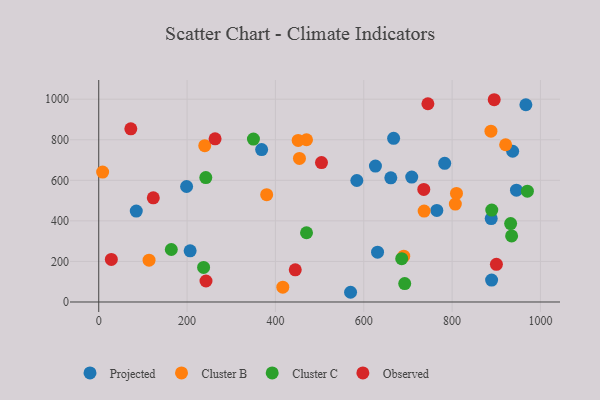
{"axis": {"x": "Ad Spend", "y": "Rating"}, "legend": ["Cluster B", "Cluster C", "Observed", "Projected"], "data": [{"x": "667.6", "y": 807.2, "type": "Projected"}, {"x": "206.9", "y": 252.1, "type": "Projected"}, {"x": "765.4", "y": 451.4, "type": "Projected"}, {"x": "889.4", "y": 108.2, "type": "Projected"}, {"x": "783.2", "y": 683.7, "type": "Projected"}, {"x": "626.4", "y": 670.4, "type": "Projected"}, {"x": "368.8", "y": 751.8, "type": "Projected"}, {"x": "85.0", "y": 448.2, "type": "Projected"}, {"x": "631.2", "y": 245.5, "type": "Projected"}, {"x": "570.1", "y": 47.9, "type": "Projected"}, {"x": "198.9", "y": 569.5, "type": "Projected"}, {"x": "661.2", "y": 612.5, "type": "Projected"}, {"x": "584.3", "y": 599.2, "type": "Projected"}, {"x": "945.7", "y": 551.2, "type": "Projected"}, {"x": "708.6", "y": 615.9, "type": "Projected"}, {"x": "937.1", "y": 743.3, "type": "Projected"}, {"x": "967.0", "y": 972.5, "type": "Projected"}, {"x": "888.5", "y": 411.3, "type": "Projected"}, {"x": "690.5", "y": 225.7, "type": "Cluster B"}, {"x": "470.4", "y": 800.0, "type": "Cluster B"}, {"x": "416.7", "y": 72.9, "type": "Cluster B"}, {"x": "240.0", "y": 770.8, "type": "Cluster B"}, {"x": "8.8", "y": 640.6, "type": "Cluster B"}, {"x": "113.9", "y": 206.0, "type": "Cluster B"}, {"x": "380.2", "y": 529.1, "type": "Cluster B"}, {"x": "451.5", "y": 796.9, "type": "Cluster B"}, {"x": "887.9", "y": 842.1, "type": "Cluster B"}, {"x": "807.3", "y": 482.6, "type": "Cluster B"}, {"x": "736.7", "y": 448.3, "type": "Cluster B"}, {"x": "809.9", "y": 535.3, "type": "Cluster B"}, {"x": "921.2", "y": 775.4, "type": "Cluster B"}, {"x": "454.4", "y": 708.1, "type": "Cluster B"}, {"x": "685.9", "y": 213.6, "type": "Cluster C"}, {"x": "934.7", "y": 326.0, "type": "Cluster C"}, {"x": "932.5", "y": 386.7, "type": "Cluster C"}, {"x": "970.4", "y": 546.4, "type": "Cluster C"}, {"x": "237.4", "y": 170.3, "type": "Cluster C"}, {"x": "164.3", "y": 258.8, "type": "Cluster C"}, {"x": "889.8", "y": 453.0, "type": "Cluster C"}, {"x": "692.7", "y": 90.9, "type": "Cluster C"}, {"x": "470.4", "y": 341.4, "type": "Cluster C"}, {"x": "350.2", "y": 803.5, "type": "Cluster C"}, {"x": "242.4", "y": 613.3, "type": "Cluster C"}, {"x": "735.9", "y": 555.0, "type": "Observed"}, {"x": "72.6", "y": 853.7, "type": "Observed"}, {"x": "895.3", "y": 997.4, "type": "Observed"}, {"x": "745.2", "y": 977.6, "type": "Observed"}, {"x": "263.4", "y": 804.7, "type": "Observed"}, {"x": "504.3", "y": 687.3, "type": "Observed"}, {"x": "444.9", "y": 158.5, "type": "Observed"}, {"x": "28.5", "y": 209.8, "type": "Observed"}, {"x": "242.8", "y": 103.6, "type": "Observed"}, {"x": "123.5", "y": 513.7, "type": "Observed"}, {"x": "900.3", "y": 185.6, "type": "Observed"}]}